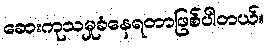
ဆေးကုသမှုခံနေရတာဖြစ်ပါတယ်။